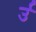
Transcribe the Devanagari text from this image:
र्उ